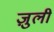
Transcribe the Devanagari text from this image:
ज़ुली